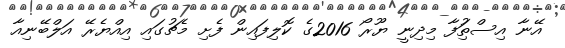
އޭނާ އިސްތިަުފާ މިދިނީ ޔޫރޯ 2016ގެ ކޮލިފައިން ފެށި މެޗުގައި އިއްޔެރޭ އަލްބޭނިއާ